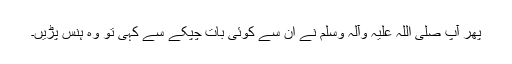
پھر آپ صلی اللہ علیہ وآلہ وسلم نے اُن سے کوئی بات چپکے سے کہی تو وہ ہنس پڑیں۔